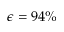
\epsilon = 9 4 \%